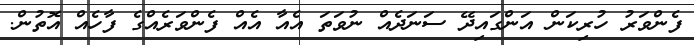
ފެންވަރު ހުރިކަން އަންގައިދޭ ސަނަދެއް ނުވަތަ އެއާ އެއް ފެންވަރެއްގެ ފާހެއް އޮތުން.